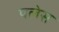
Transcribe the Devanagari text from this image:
पलेस